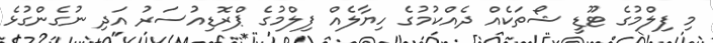
މި ފިލްމުގެ ޓޫޑީ ޝޯތަކެއް ދެއްކުމުގެ ހިޔާލެއް ފިލްމުގެ ޕްރޮޑިއުސަރު އަދި ނުގެންގުޅެ